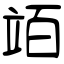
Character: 竡